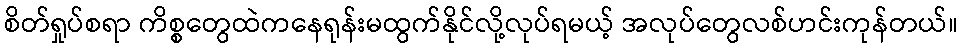
စိတ်ရှုပ်စရာ ကိစ္စတွေထဲကနေရုန်းမထွက်နိုင်လို့လုပ်ရမယ့် အလုပ်တွေလစ်ဟင်းကုန်တယ်။